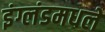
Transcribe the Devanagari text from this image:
इंग्लंडमधले